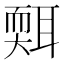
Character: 𦖩